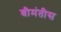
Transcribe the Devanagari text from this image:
श्रीमंतीस